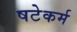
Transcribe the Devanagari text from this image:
षटेकर्म